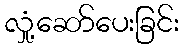
လှုံ့ဆော်ပေးခြင်း